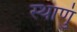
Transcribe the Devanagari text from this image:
स्थाणुं